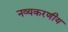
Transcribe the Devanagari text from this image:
नव्यकरणीय